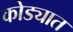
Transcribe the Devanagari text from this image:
कोड्यात